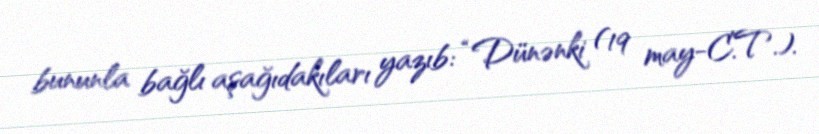
bununla bağlı aşağıdakıları yazıb: “Dünənki (19 may-C.T.).